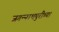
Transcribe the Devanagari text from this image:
जगन्‍नाथपुरीच्या